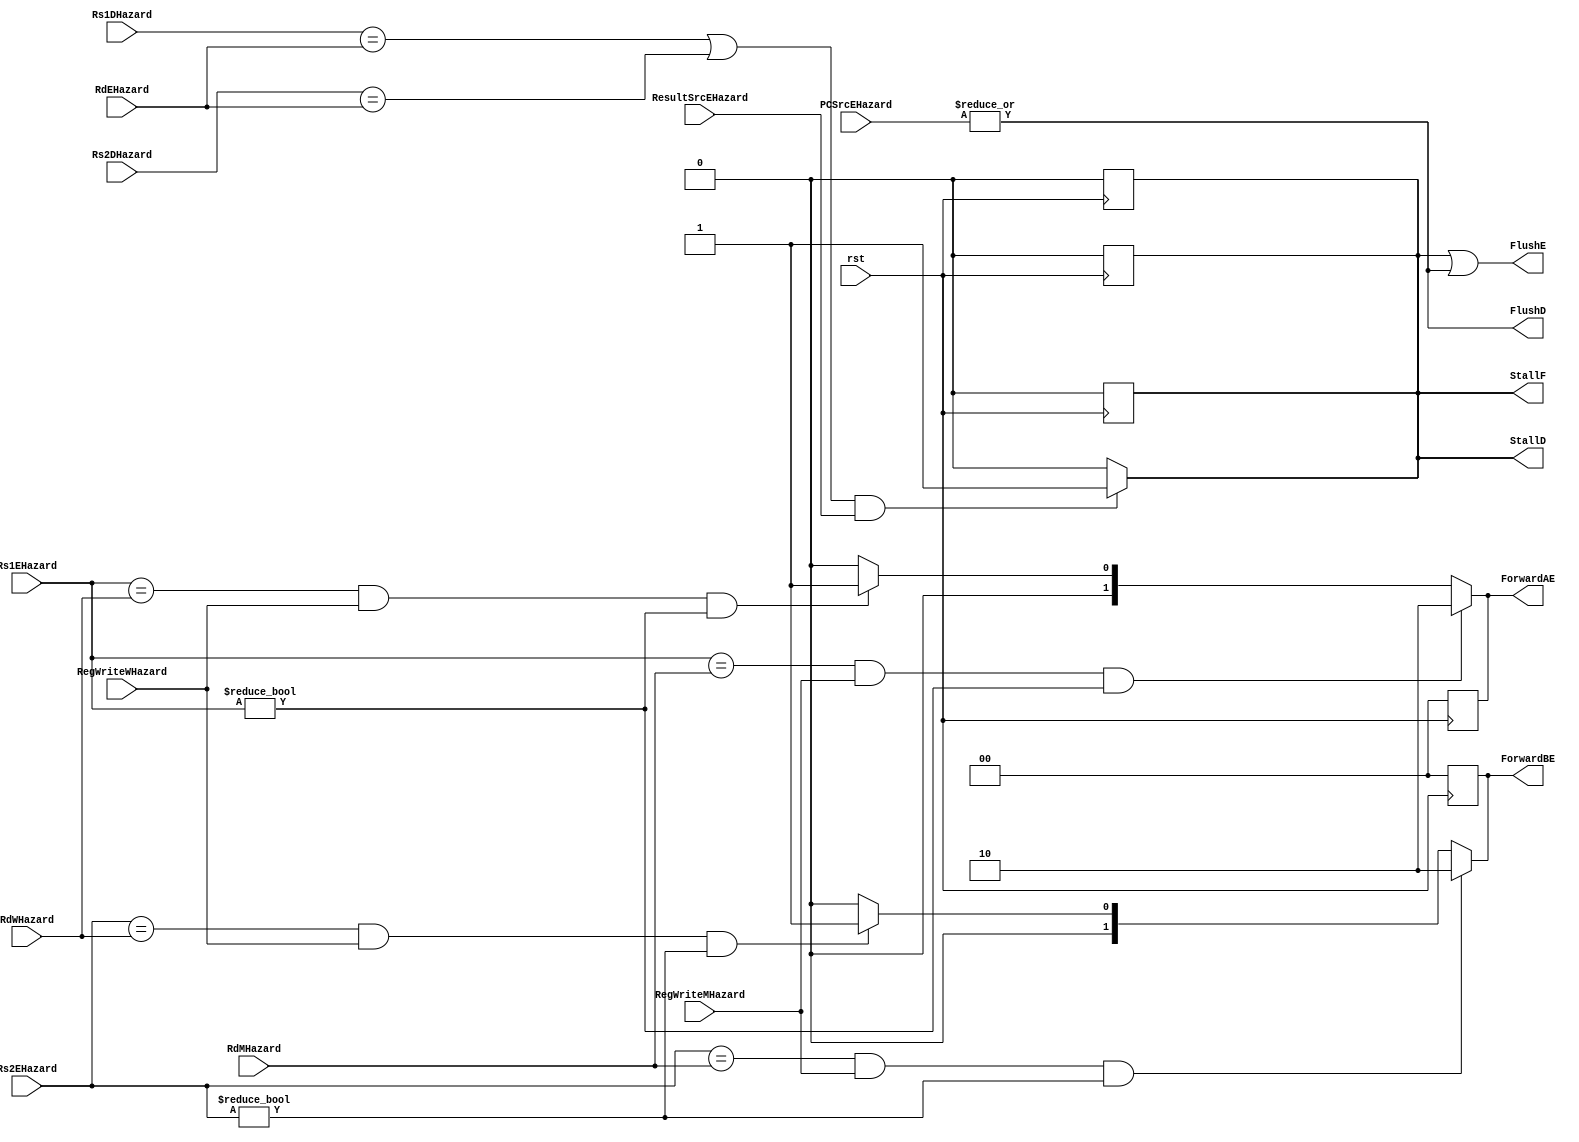
module hazardUnit(rst, RegWriteWHazard, RdWHazard, RegWriteMHazard, RdMHazard, ResultSrcEHazard, 
                  PCSrcEHazard, Rs1EHazard, Rs2EHazard, RdEHazard, Rs2DHazard, Rs1DHazard, FlushE, 
                  FlushD, StallD, StallF, ForwardBE, ForwardAE);
        input RegWriteWHazard, RegWriteMHazard;
        input ResultSrcEHazard;
        input [1:0] PCSrcEHazard;
        output reg StallD, StallF;
        output FlushE, FlushD;
        output reg [1:0] ForwardBE, ForwardAE;
        input [4:0] RdWHazard, RdMHazard, Rs1EHazard, Rs2EHazard, RdEHazard, Rs2DHazard, Rs1DHazard;
        input rst;
        reg lwStall;

    always @(posedge rst) {lwStall, StallF, StallD, ForwardAE, ForwardBE} = 7'b0000_000;

    always @(Rs1DHazard, Rs2DHazard, Rs1EHazard, Rs2EHazard, RdEHazard, 
             ResultSrcEHazard, RdMHazard, RegWriteMHazard, RdWHazard, RegWriteWHazard) begin
        
        {lwStall, StallF, StallD, ForwardAE, ForwardBE} = 7'b0000_000;

        if (((Rs1EHazard == RdMHazard) && RegWriteMHazard) && (Rs1EHazard != 5'b00000))
            ForwardAE = 2'b10;
        else if (((Rs1EHazard == RdWHazard) && RegWriteWHazard) && (Rs1EHazard != 5'b00000))
            ForwardAE = 2'b01;
        else 
            ForwardAE = 2'b00;

        if (((Rs2EHazard == RdMHazard) && RegWriteMHazard) && (Rs2EHazard != 5'b00000))
            ForwardBE = 2'b10;
        else if (((Rs2EHazard == RdWHazard) && RegWriteWHazard) && (Rs2EHazard != 5'b00000))
            ForwardBE = 2'b01;
        else 
            ForwardBE = 2'b00;

        if (((Rs1DHazard == RdEHazard) || (Rs2DHazard == RdEHazard)) && (ResultSrcEHazard == 2'b01))
            {lwStall, StallD, StallF} = 3'b111;
            
    end

    assign FlushD = |PCSrcEHazard;
    assign FlushE = (lwStall || |PCSrcEHazard);
        
endmodule